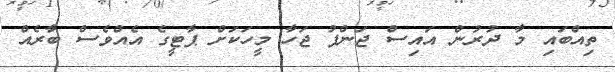
ތިއްބައި މާ ދުރުން އައިސް ޖަންޕު ޖަހާ މީހަކަށް ޕާޓީގެ އެއްވެސް ބާރެއް